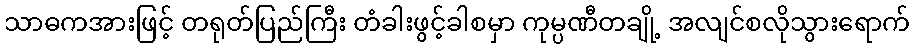
သာဓကအားဖြင့် တရုတ်ပြည်ကြီး တံခါးဖွင့်ခါစမှာ ကုမ္ပဏီတချို့ အလျင်စလိုသွားရောက်